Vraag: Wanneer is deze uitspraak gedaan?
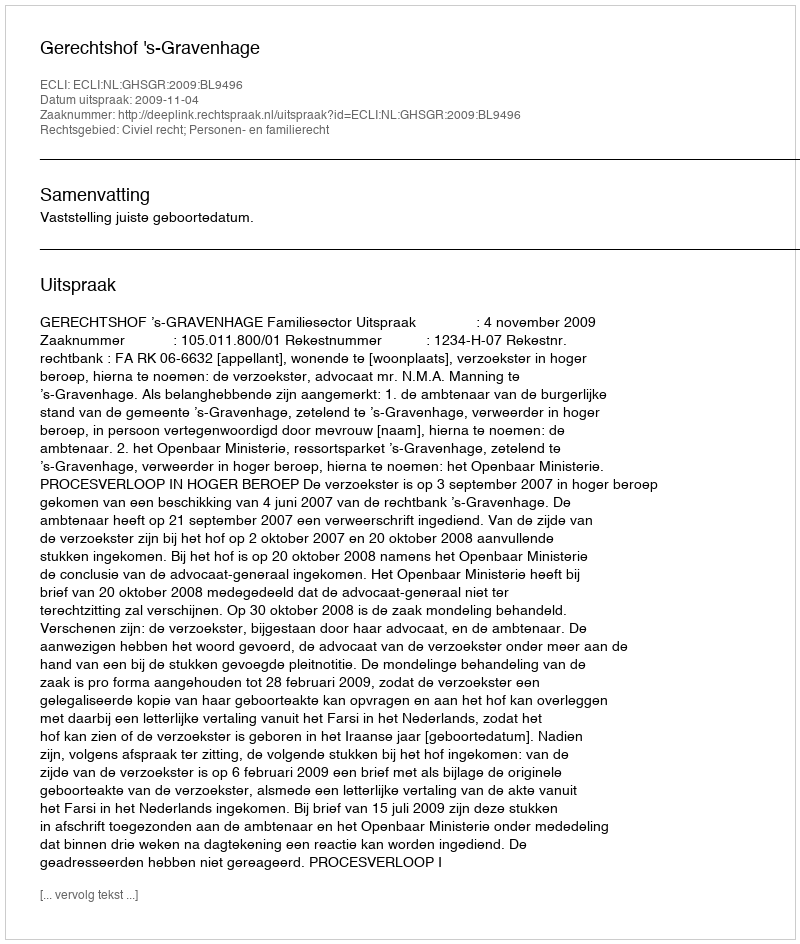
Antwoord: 2009-11-04